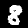
Digit: 8